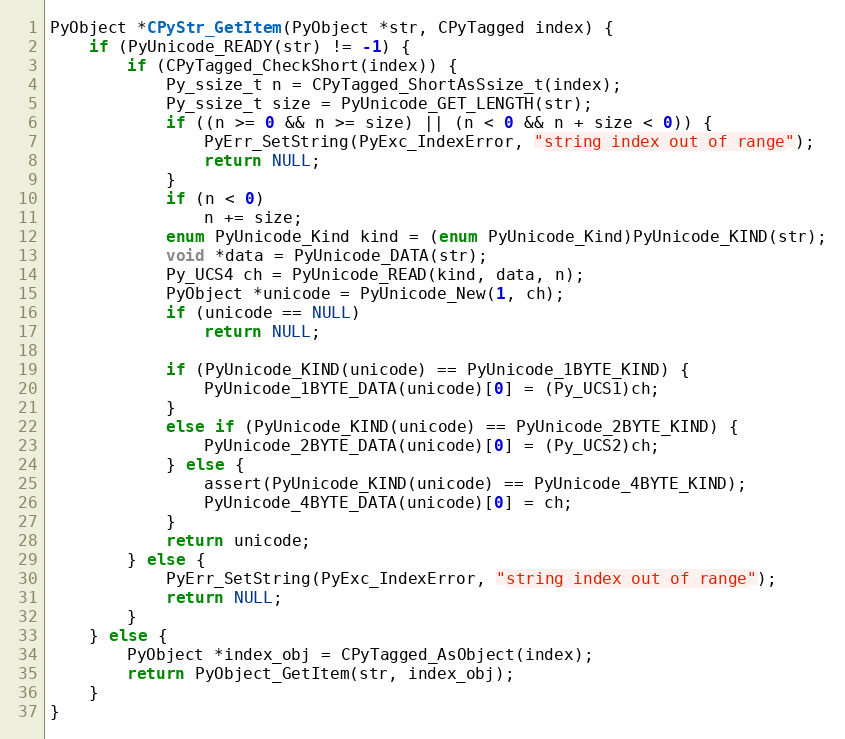
Language: C
PyObject *CPyStr_GetItem(PyObject *str, CPyTagged index) {
    if (PyUnicode_READY(str) != -1) {
        if (CPyTagged_CheckShort(index)) {
            Py_ssize_t n = CPyTagged_ShortAsSsize_t(index);
            Py_ssize_t size = PyUnicode_GET_LENGTH(str);
            if ((n >= 0 && n >= size) || (n < 0 && n + size < 0)) {
                PyErr_SetString(PyExc_IndexError, "string index out of range");
                return NULL;
            }
            if (n < 0)
                n += size;
            enum PyUnicode_Kind kind = (enum PyUnicode_Kind)PyUnicode_KIND(str);
            void *data = PyUnicode_DATA(str);
            Py_UCS4 ch = PyUnicode_READ(kind, data, n);
            PyObject *unicode = PyUnicode_New(1, ch);
            if (unicode == NULL)
                return NULL;

            if (PyUnicode_KIND(unicode) == PyUnicode_1BYTE_KIND) {
                PyUnicode_1BYTE_DATA(unicode)[0] = (Py_UCS1)ch;
            }
            else if (PyUnicode_KIND(unicode) == PyUnicode_2BYTE_KIND) {
                PyUnicode_2BYTE_DATA(unicode)[0] = (Py_UCS2)ch;
            } else {
                assert(PyUnicode_KIND(unicode) == PyUnicode_4BYTE_KIND);
                PyUnicode_4BYTE_DATA(unicode)[0] = ch;
            }
            return unicode;
        } else {
            PyErr_SetString(PyExc_IndexError, "string index out of range");
            return NULL;
        }
    } else {
        PyObject *index_obj = CPyTagged_AsObject(index);
        return PyObject_GetItem(str, index_obj);
    }
}